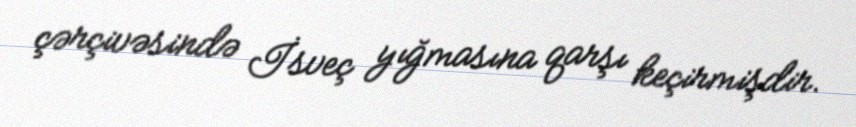
çərçivəsində İsveç yığmasına qarşı keçirmişdir.